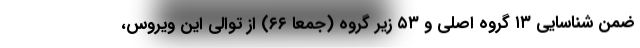
ضمن شناسایی ۱۳ گروه اصلی و ۵۳ زیر گروه (جمعا ۶۶) از توالی این ویروس،